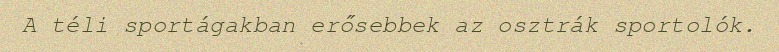
A téli sportágakban erősebbek az osztrák sportolók.